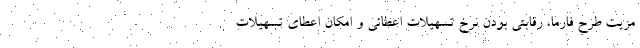
مزیت طرح فارما، رقابتی بودن نرخ تسهیلات اعطائی و امکان اعطای تسهیلات